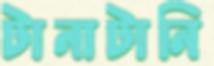
টানাটানি